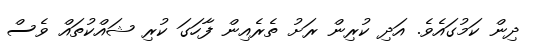
ދިން ކަމުގައެވެ. އަދި ކުރިން ރަށު ތެރެއިން ފާހަގަ ކުރި ޝައްކުތައް ވެސް